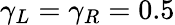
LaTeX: \gamma_{L}=\gamma_{R}=0.5